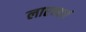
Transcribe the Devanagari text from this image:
लाएन्बर्ग